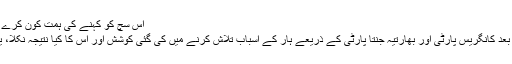
اس سچ کو کہنے کی ہمت کون کرے گا : سنتوش بھارتیہ :
انتخابات میں ہار کے بعد کانگریس پارٹی اور بھارتیہ جنتا پارٹی کے ذریعے ہار کے اسباب تلاش کرنے میں کی گئی کوشش اور اس کا کیا نتیجہ نکلا، یہ جاننا ضروری ہے۔